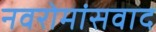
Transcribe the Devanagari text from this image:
नवरोमांसवाद